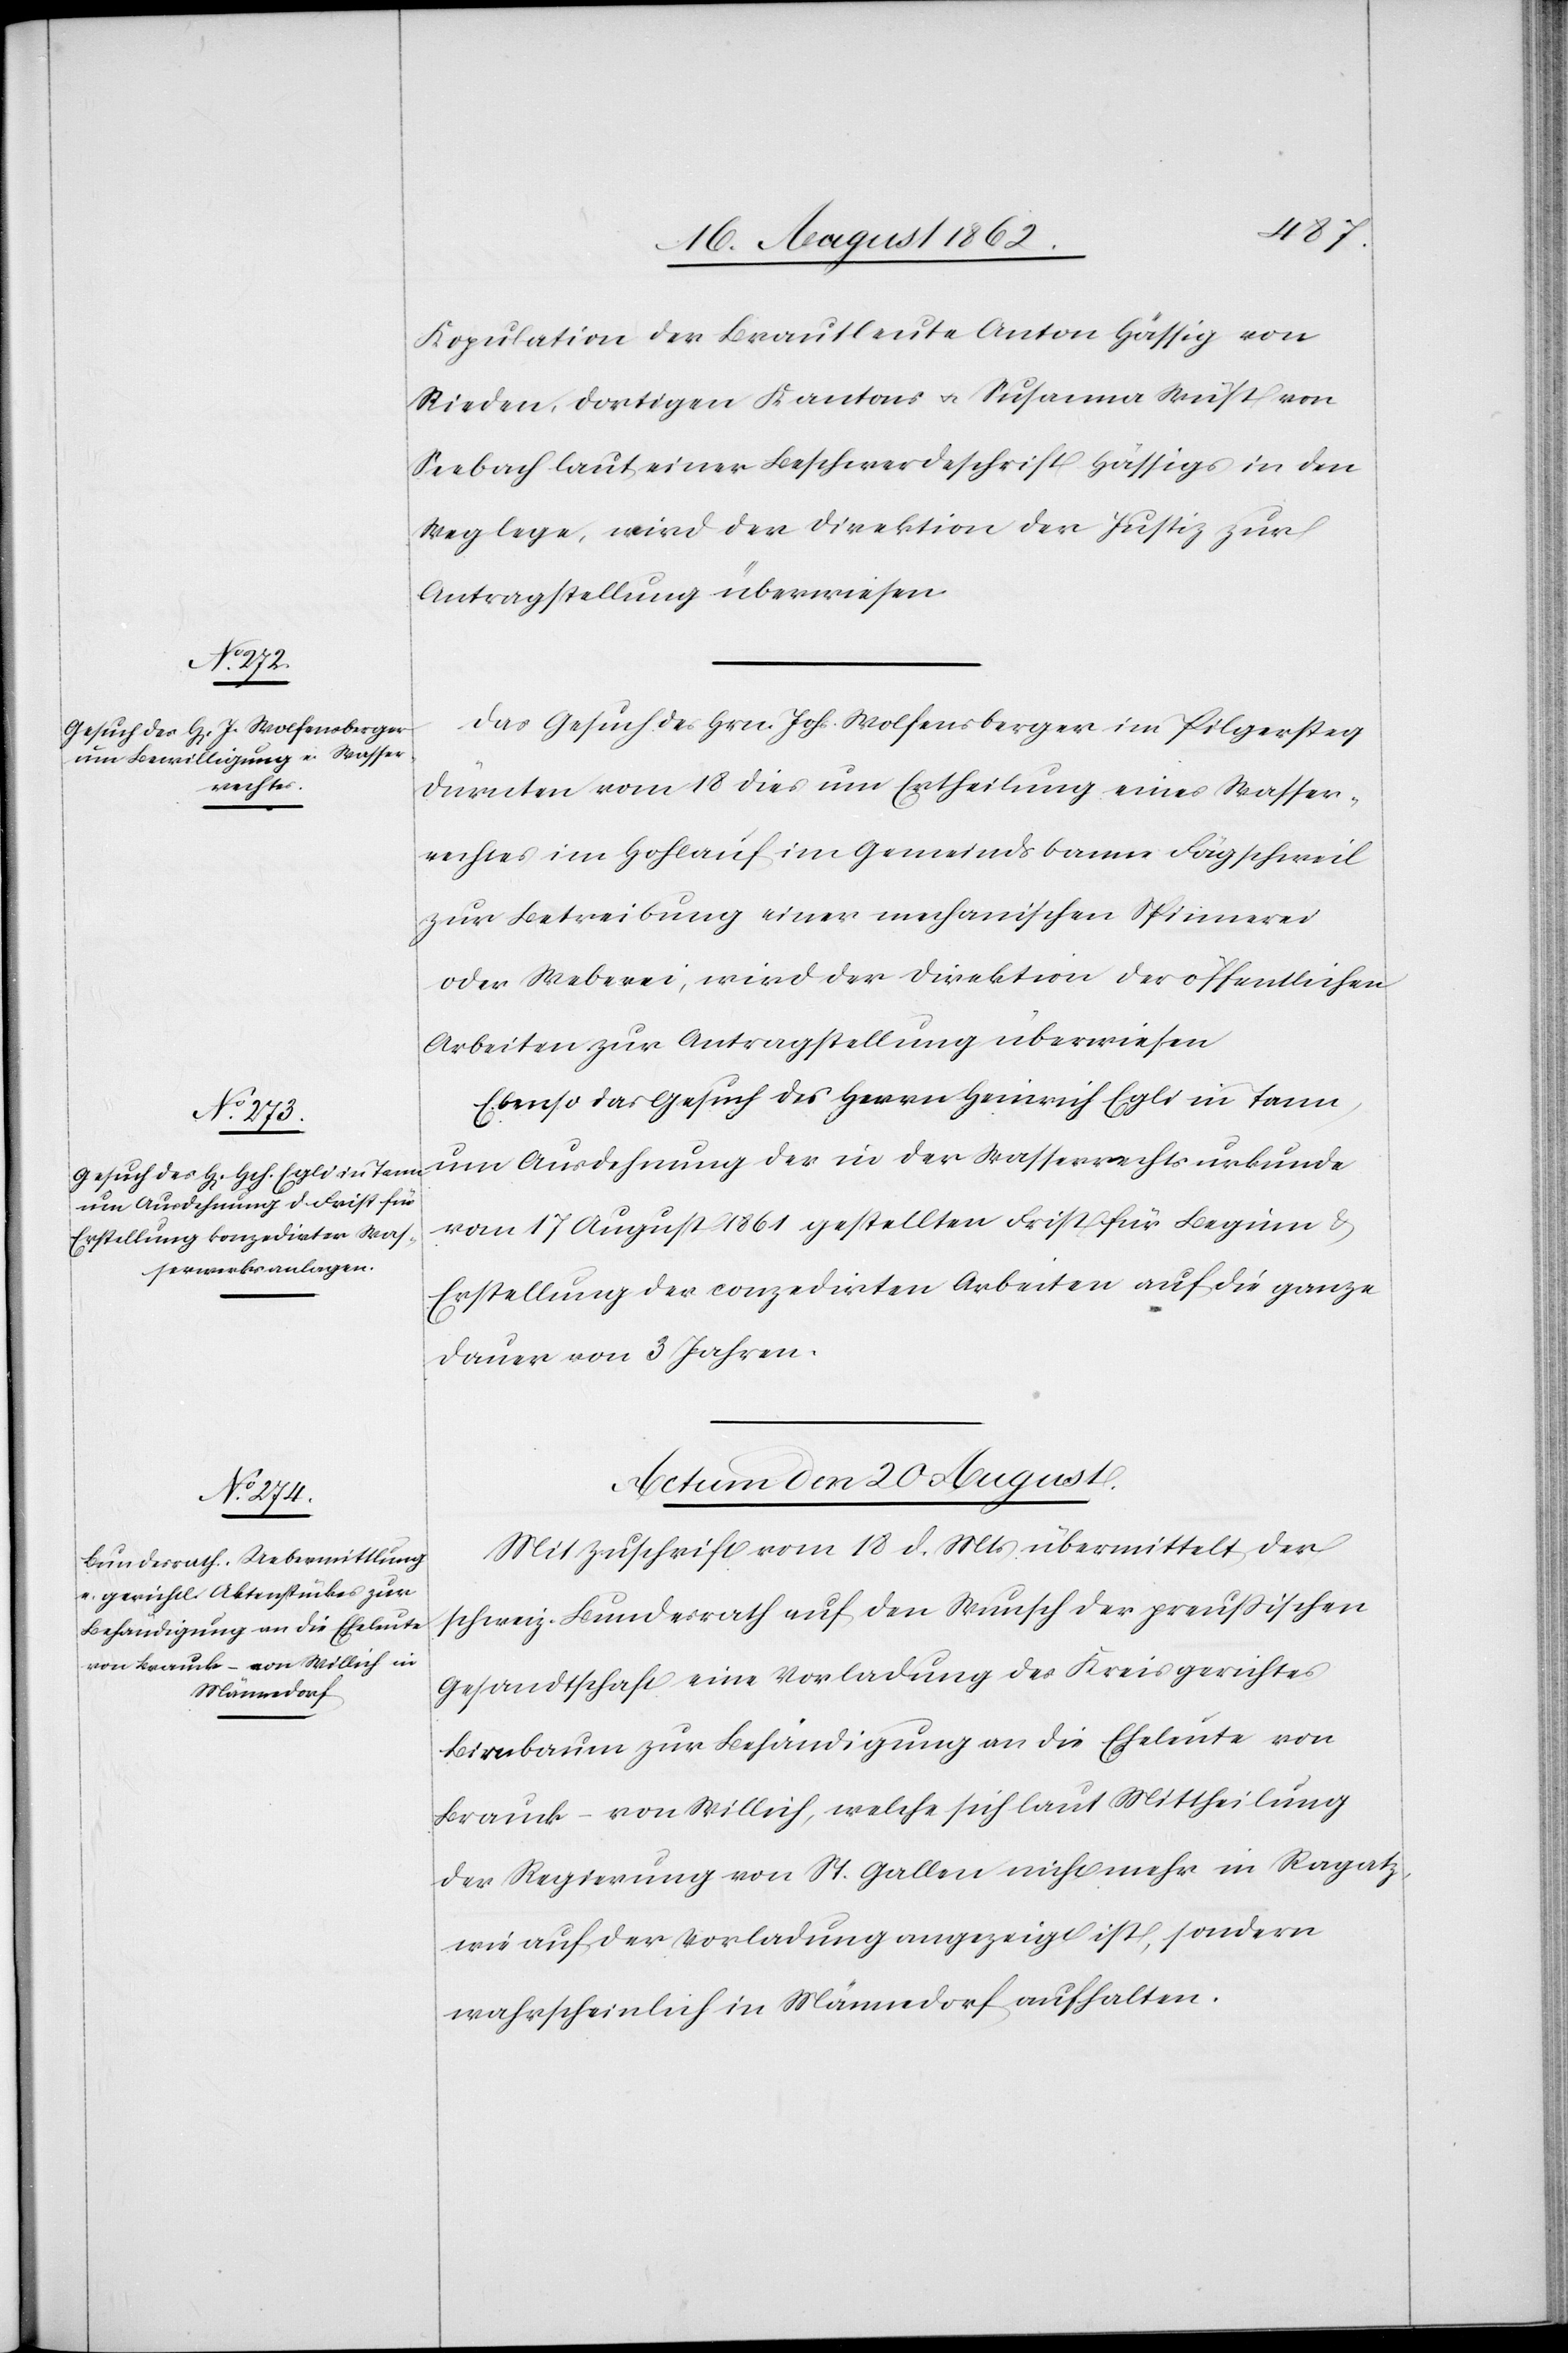
1862.

19. August 1862.]
Kopulation der Brautleute Anton Hässig von
Rieden, dortigen Kantons u. Susanna Wüst von
Seebach laut einer Beschwerdeschrift Hässigs in den
Weg lege, wird der Direktion der Justiz zur
Antragstellung überwiesen.
Das Gesuch des Hrn. Johs. Wolfensberger in Pilgersteg
Dürnten vom 18. dies um Ertheilung eines Wasser¬
rechtes in Hohlauf im Gemeindsbann Fägschweil
zur Betreibung einer mechanischen Spinnerei
oder Weberei, wird der Direktion der öffentlichen
Arbeiten zur Antragstellung überwiesen.
Ebenso das Gesuch des Herrn Heinrich Egli in Tann,
um Ausdehnung der in der Wasserrechtsurkunde
vom 17. August 1861 gestellten Frist für Beginn u.
Erstellung der conzedirten Arbeiten auf die ganze
Dauer von 3 Jahren.
Actum den 20. August
Mit Zuschrift vom 18. d. Mts. übermittelt der
schweiz. Bundesrath auf den Wunsch der preußischen
Gesandtschaft eine Vorladung des Kreisgerichtes
Birnbaum zur Behändigung an die Eheleute von
Brauck–von Willich, welche sich laut Mittheilung
der Regierung von St. Gallen nicht mehr in Ragatz,
wie auf der Vorladung angezeigt ist, sondern
wahrscheinlich in Männedorf aufhalten.